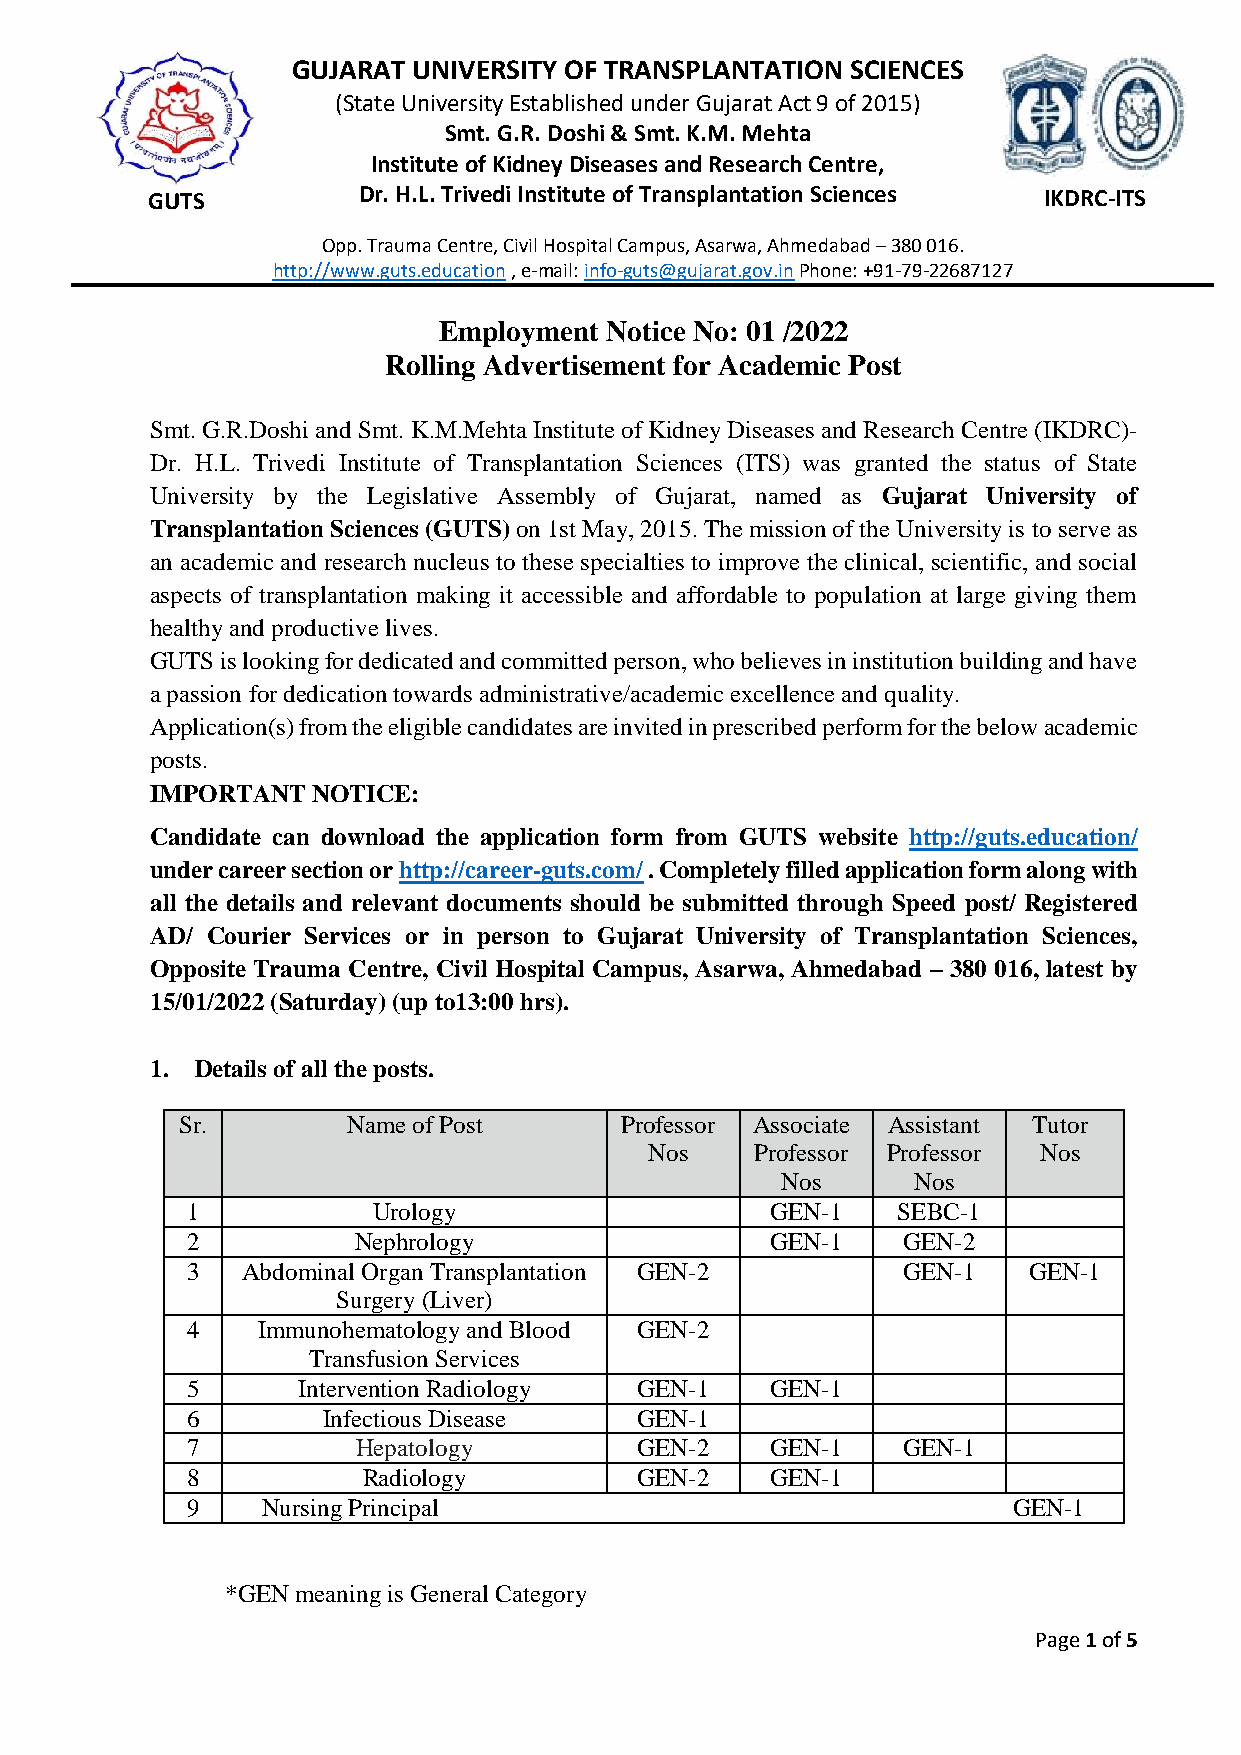
GUJARAT UNIVERSITY OF TRANSPLANTATION SCIENCES
 (State University Established under Gujarat Act 9 of 2015)
 Smt. G.R. Doshi & Smt. K.M. Mehta
 Institute of Kidney Diseases and Research Centre,
 GUTS          Dr. H.L. Trivedi Institute of Transplantation Sciences IKDRC-ITS
 Opp. Trauma Centre, Civil Hospital Campus, Asarwa, Ahmedabad – 380 016.
 http://www.guts.education , e-mail: info-guts@gujarat.gov.in Phone: +91-79-22687127
 Employment Notice No: 01 /2022
 Rolling Advertisement for Academic Post
 Smt. G.R.Doshi and Smt. K.M.Mehta Institute of Kidney Diseases and Research Centre (IKDRC)-
 Dr. H.L. Trivedi Institute of Transplantation Sciences (ITS) was granted the status of State
 University by the Legislative Assembly of Gujarat, named as Gujarat University of
 Transplantation Sciences (GUTS) on 1st May, 2015. The mission of the University is to serve as
 an academic and research nucleus to these specialties to improve the clinical, scientific, and social
 aspects of transplantation making it accessible and affordable to population at large giving them
 healthy and productive lives.
 GUTS is looking for dedicated and committed person, who believes in institution building and have
 a passion for dedication towards administrative/academic excellence and quality.
 Application(s) from the eligible candidates are invited in prescribed perform for the below academic
 posts.
 IMPORTANT  NOTICE:
 Candidate can download the application form from GUTS website http://guts.education/
 under career section or http://career-guts.com/ . Completely filled application form along with
 all the details and relevant documents should be submitted through Speed post/ Registered
 AD/ Courier Services or in person to Gujarat University of Transplantation Sciences,
 Opposite Trauma Centre, Civil Hospital Campus, Asarwa, Ahmedabad – 380 016, latest by
 15/01/2022 (Saturday) (up to13:00 hrs).
 1. Details of all the posts.
 Sr.        Name of Post      Professor Associate Assistant Tutor
 Nos    Professor Professor Nos
 Nos     Nos
 1            Urology                   GEN-1   SEBC-1
 2          Nephrology                  GEN-1    GEN-2
 3   Abdominal Organ Transplantation GEN-2       GEN-1   GEN-1
 Surgery (Liver)
 4    Immunohematology and Blood GEN-2
 Transfusion Services
 5       Intervention Radiology GEN-1   GEN-1
 6        Infectious Disease   GEN-1
 7           Hepatology        GEN-2    GEN-1    GEN-1
 8           Radiology         GEN-2    GEN-1
 9    Nursing Principal                                 GEN-1
 *GEN meaning is General Category
 Page 1 of 5